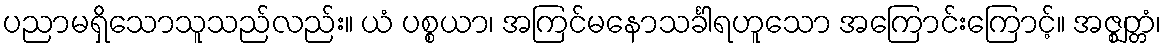
ပညာမရှိသောသူသည်လည်း။ ယံ ပစ္စယာ၊ အကြင်မနောသင်္ခါရဟူသော အကြောင်းကြောင့်။ အဇ္ဈတ္တံ၊